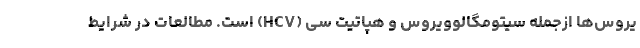
یروس‌ها ازجمله سیتومگالوویروس و هپاتیت سی (HCV) است. مطالعات در شرایط